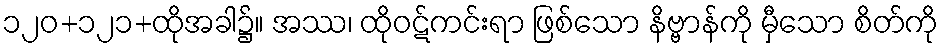
၁၂၀+၁၂၁+ထိုအခါ၌။ အဿ၊ ထိုဝဋ်ကင်းရာ ဖြစ်သော နိဗ္ဗာန်ကို မှီသော စိတ်ကို